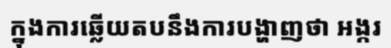
ក្នុងការឆ្លើយតបនឹងការបង្ហាញថា អង្ករ